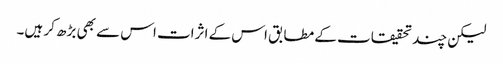
لیکن چند تحقیقات کے مطابق اس کے اثرات اس سے بھی بڑھ کر ہیں۔